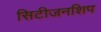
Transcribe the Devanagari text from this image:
सिटीजनशिप